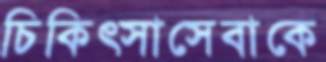
চিকিত্সাসেবাকে